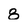
Character: 8